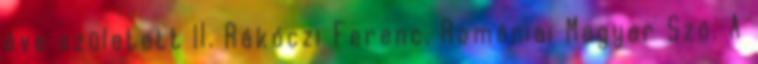
éve született II. Rákóczi Ferenc. Romániai Magyar Szó. A